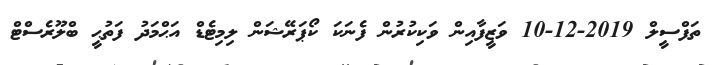
ތަފްސީލް 2019-12-10 ވަޒީފާއިން ވަކިކުރުން ފެނަކަ ކޯޕަރޭޝަން ލިމިޓެޑް އަޙްމަދު ފަތުޙީ ބްލޫރެސްޓް